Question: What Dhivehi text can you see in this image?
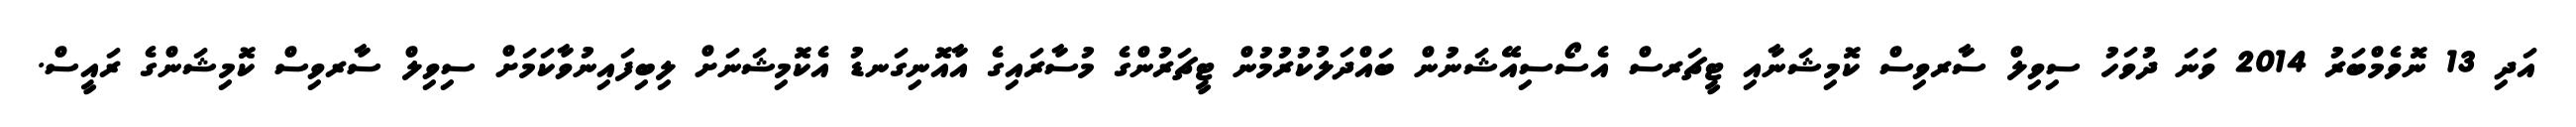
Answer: އަދި 13 ނޮވެމްބަރު 2014 ވަނަ ދުވަހު ސިވިލް ސާރވިސް ކޮމިޝަނާއި ޓީޗަރސް އެސޯސިއޭޝަނުން ބައްދަލުކުރުމުން ޓީޗަރުންގެ މުސާރައިގެ އާއޮނިގަނޑު އެކޮމިޝަނަށް ލިބިފައިނުވާކަމަށް ސިވިލް ސާރވިސް ކޮމިޝަންގެ ރައީސް.